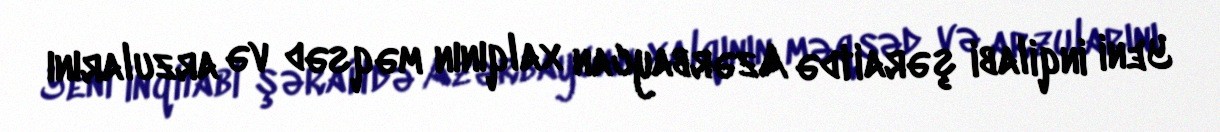
Yeni inqilabi şəraitdə Azərbaycan xalqının məqsəd və arzularını